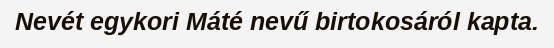
Nevét egykori Máté nevű birtokosáról kapta.